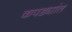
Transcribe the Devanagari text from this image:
कपड्यांत